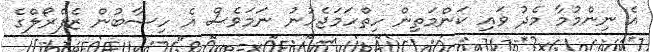
އެ ނިންމުމާ މެދު ވައި ކަންމަތިން ހިތްހަމަޖެހުނު ނަމަވެސް އެ ހިސާބުން ޒެފްރޯލްގެ